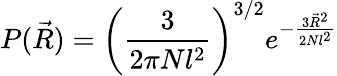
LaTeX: P({\vec{R}})=\left({\frac{3}{2\pi Nl^{2}}}\right)^{3/2}e^{-{\frac{3{\vec{R}}^{2}}{2Nl^{2}}}}